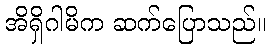
အိရှိဂါမိက ဆက်ပြောသည်။